King Institute of Preventive Medicine Micro-Biological Section reports 1909-11
Year: 1909
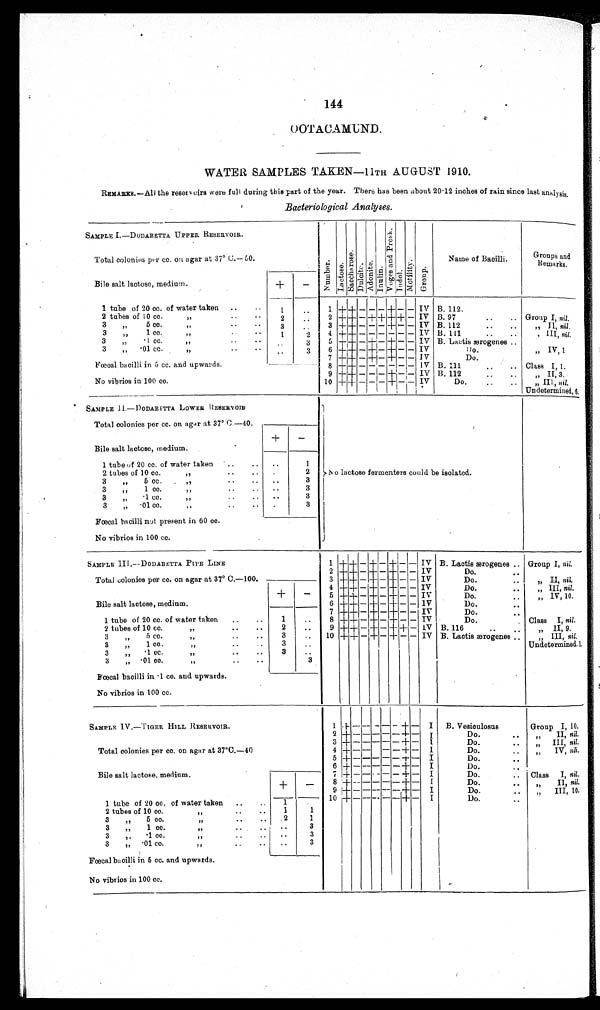
144
OOTACAMUND.
WATER SAMPLES TAKEN—11TH AUGUST 1910.
REMARKS.—All the reservoirs were full during this part of the year. There has been about 20.12 inches of rain since last analysis.
Bacteriological Analyses.
SAMPLE I—DODABETTA UPPER RESERVOIR.
NumberLact oseSaccharoseDulciteAdoni t eInul i nVo g e s a n d p r o s kIndolMobi l i tyGroup
Name of Bacilli.
Groups and
Remarks.
Total colonies per cc. on agar at 37° C.—10.
Bile salt lactose, medium.
+ −
1 tube of 20 cc. of water taken
1
1
+
+ − − − + − − IV B. 112.
2 tubes of 10 cc.„
2
2 + + − + + + + − IV B. 97
Group I, nil.
3
„
5cc.„
3
3 + + − − − + − − IV B.112
„ II nil.
3 „ 1 cc.„
1
2
4 + + − − − − − − IV B. 111
„ III, nil.
3 „ ·1 cc.„
3
5 + + − + − + − − IV B. Lactis ærogenes
3 „ ·01 cc.„
3
6 + + − + − + − − IV
Do.
,,IV, 1
7 + + − + − + − − IV
Do.
Fœcal bacilli in 5 cc. and upwards.
8 + + − − − − − −
IV B. 111
Class I, 1.
No vibrios in 100 cc.
9 + + − − − + − − IV B. 112
„ II, 3.
1 0 + + − − − + − − IV
Do.
„ III, nil.
Undetermined, 6.
SAMPLE II.—DODABETTA LOWER RESERVOI
B
N o l a c t o s e f e r me n t e r s c o u l d b e i s o l a t e d .
Total colonies per cc. on agar at 37° C.—40.
Bile salt lactose, medium.
+
−
1 tube of 20 cc. of water taken
1
2 tubes of 10 cc.„
2
3
„
5cc.„
3
3 „ 1 cc.
3
3 „ ·1 cc.„
3
3 „ ·01 cc.„
3
Fœcal bacilli not present in 60 cc.
No vibrios in 100 cc.
SAMPLE III.—DODABETTA PIPE LINE
1 + + − + −
+ − −
I V B. Lactis ærogenes
Group I, nil.
2 + + − + − + − − IV
Do.
Total colonies per cc. on agar at 37° C.-100.
3 + + − + − + − − IV
Do.
„ II, nil.
4 + + − + − + − − IV
Do.
„ III, nil.
Bile salt lactose, medium.
+
−
5 + + − + − + − −
I V
Do.
„ IV, 10.
6 + + − + − + − − IV
Do.
7 + + − + − + − − IV
Do.
1 tube of 20 cc. of water taken
1
8 + + − + − + − − IV
Do.
Class I, nil.
2 tubes of 10 cc.„
2
9 + + − + − + + − IV B. 116
„ II, 9.
3
„
5cc.„
3
10 + + − + − + − − IV B. Lactis ærogenes
„ III, nil.
3 „ 1 cc.
3
Undetermined. 1.
3 „ ·1 cc.„
3
3 „ ·01 cc.„
3
Fœcal bacilli in ·1 cc. and upwards.
No vibrios in 100 cc.
SAMPLE IV.—TIGER HILL RESERVOIR.
1
+ − − − − − + −
I
B. Vesioulosus
Group I, 10.
Total colonies per cc. on agar at 37°C.-40
2 + − − − − − + −
I
Do.
„ II, nil.
3 + − − − − − + −
I
Do.
„ III, nil.
4 + − − − − − + −
I
Do.
„ IV, nil.
5
+ − − − − − + −
I
Do.
Bile salt lactose, medium.
+
−
6 + − − − − − + −
I
Do.
7
+ − − − − − + −
I
Do.
Class I, nil.
8 + − − − − − + −
I
Do.
„ II, nil.
9 + − − − − − + −
I
Do.
„ III, 10.
1 tube of 20 cc. of water taken
1
1 0
+ − − − − − + −
I
Do.
2 tubes of 10 cc.„
1
1
3
„
5 c c . „
2
1
3 „ 1 cc.
3
3 „ ·1 cc.„
3
3 „ ·01 cc.„
3
Fœcal bacilli in ·5 cc. and upwards.
No vibrios in 100 cc.